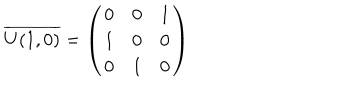
LaTeX: \overline { { { U ( 1 , 0 ) } } } = \left( \begin{array} { c c c } { { 0 } } & { { 0 } } & { { 1 } } \\ { { 1 } } & { { 0 } } & { { 0 } } \\ { { 0 } } & { { 1 } } & { { 0 } } \\ \end{array} \right)